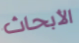
الأبحاث